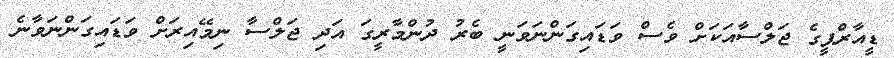
ޑީއާރްޕީގެ ޖަލްސާއަކަށް ވެސް ވަޑައިގަންނަވަނީ ބެރު ދުންމާރީގަ އަދި ޖަލްސާ ނިމޭއިރަށް ވަޑައިގަންނަވާނެ